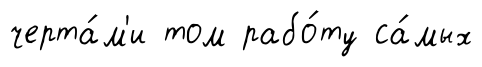
черта́м'и том рабо́ту са́мых